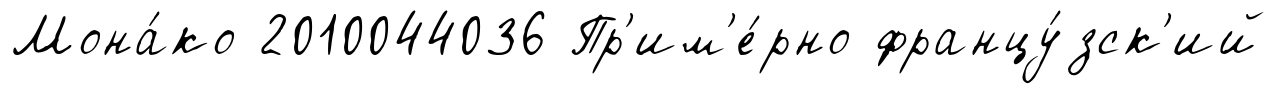
Мона́ко 2010044036 Пр'им'е́рно францу́зск'ий